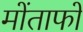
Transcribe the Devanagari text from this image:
मोंताफों